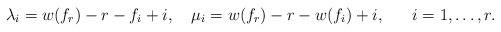
LaTeX: \begin{align*}\lambda_i=w(f_r) - r -f_i+i, \ \ \ \mu_i=w(f_r) - r - w(f_i)+i, \ \ \ \ \ i=1,\dots,r.\end{align*}